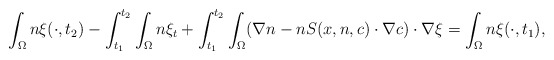
\begin{align*}\int_{\Omega}n\xi(\cdot, t_{2})-\int_{t_{1}}^{t_{2}}\int_{\Omega}n\xi_{t}+\int_{t_{1}}^{t_{2}}\int_{\Omega}(\nabla n - n S(x,n,c) \cdot \nabla c)\cdot \nabla \xi=\int_{\Omega}n\xi(\cdot, t_{1}),\end{align*}